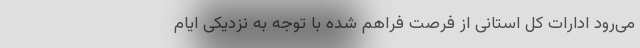
می‌رود ادارات کل استانی از فرصت فراهم شده با توجه به نزدیکی ایام